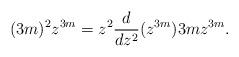
LaTeX: \begin{align*}(3m)^2z^{3m} = z^2\frac{d}{dz^2}(z^{3m}) 3mz^{3m}. \end{align*}